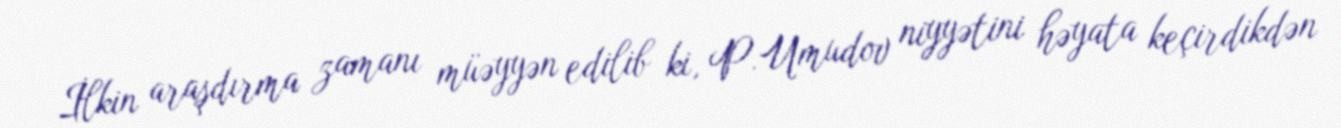
İlkin araşdırma zamanı müəyyən edilib ki, P.Umudov niyyətini həyata keçirdikdən